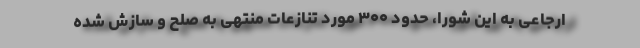
ارجاعی به این شورا، حدود ۳۰۰ مورد تنازعات منتهی به صلح و سازش شده